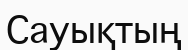
Сауықтың